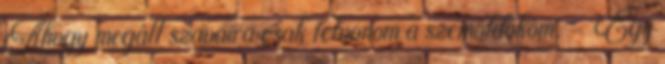
Ahogy megáll szavaira csak felvonom a szemöldököm. - Egy